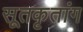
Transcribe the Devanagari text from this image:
सूतकृतांग